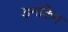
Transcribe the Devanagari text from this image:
डनकिन